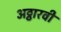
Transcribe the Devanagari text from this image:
अठ्ठारवीं